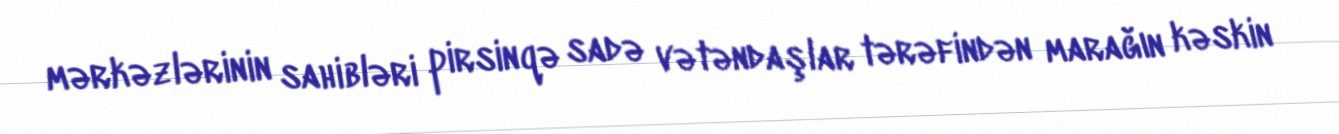
mərkəzlərinin sahibləri pirsinqə sadə vətəndaşlar tərəfindən marağın kəskin